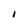
Character: l